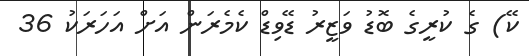
ކޭ) ގެ ކުރީގެ ބޮޑު ވަޒީރު ޑޭވިޑް ކެމެރަން އަށް އަހަރަކު 36